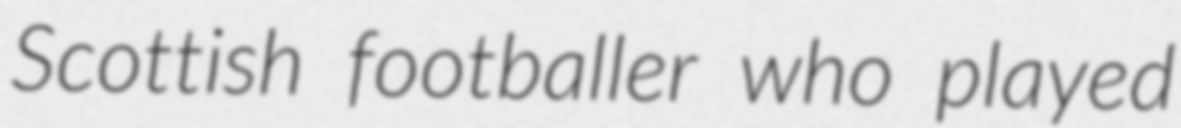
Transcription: Scottish footballer who played